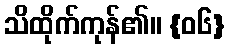
သိထိုက်ကုန်၏။ {၀၆}